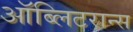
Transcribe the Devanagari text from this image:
ऑब्लिटरान्स